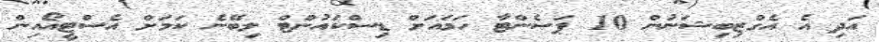
އަދި އެ އެގްޒިބިޝަނުން 10 ޕަސެންޓާ ހަމައަށް ޑިސްކައުންޓް ލިބޭނެ ކަމަށް އެސްޓީއޯއިން